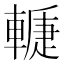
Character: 𨎉